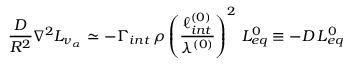
\frac { \cal D } { R ^ { 2 } } \nabla ^ { 2 } L _ { \nu _ { \alpha } } \simeq - \Gamma _ { i n t } \, \rho \left( \frac { \ell _ { i n t } ^ { ( 0 ) } } { \lambda ^ { ( 0 ) } } \right) ^ { 2 } \, L _ { e q } ^ { 0 } \equiv - D \, L _ { e q } ^ { 0 }